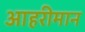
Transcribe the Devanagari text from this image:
आहरीमान